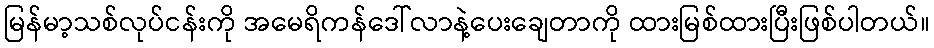
မြန်မာ့သစ်လုပ်ငန်းကို အမေရိကန်ဒေါ်လာနဲ့ပေးချေတာကို ထားမြစ်ထားပြီးဖြစ်ပါတယ်။